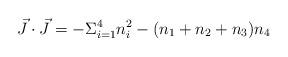
LaTeX: \begin{align*}\vec{J} \cdot \vec{J}= -\Sigma_{i=1}^{4}n_{i}^{2}- (n_{1}+n_{2}+n_{3})n_{4} \end{align*}